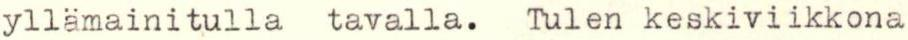
yllämainitulla tavalla. Tulen keskiviikkona